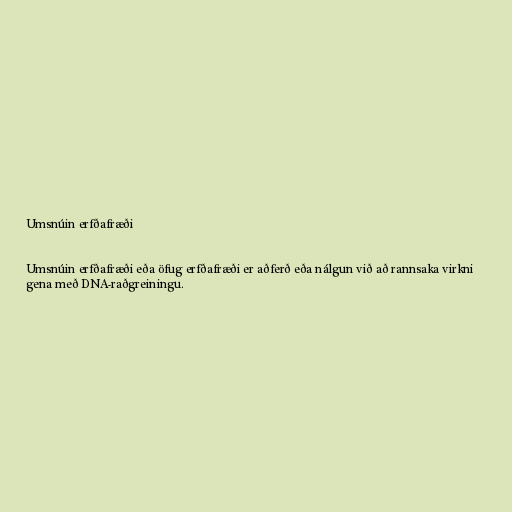
Umsnúin erfðafræði

Umsnúin erfðafræði eða öfug erfðafræði er aðferð eða nálgun við að rannsaka virkni
gena með DNA-raðgreiningu.